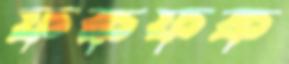
ফকফক